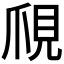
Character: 𧠙